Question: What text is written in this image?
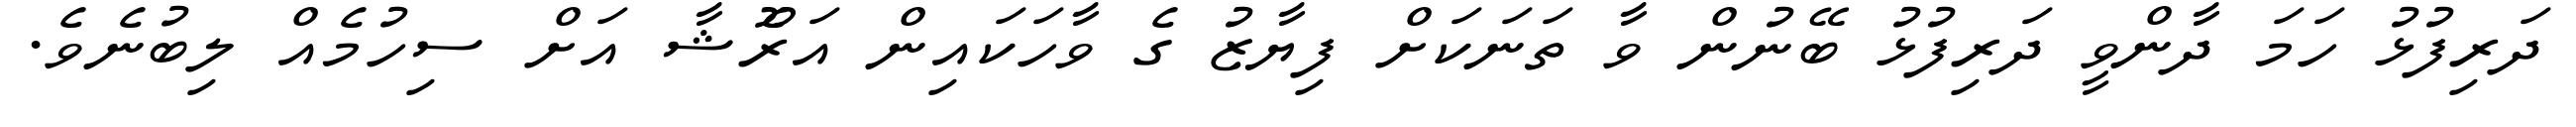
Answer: ދަރިފުޅު ހަމަ ދާންވީ ދަރިފުޅު ބޭނުން ވާ ތަނަކަށް ފިޔާޒު ގެ ވާހަކައިން އަރޫެޝާ އަށް ސިހުމެއް ލިބުނެވެ.